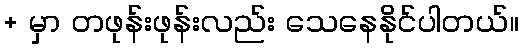
+ မှာ တဖုန်းဖုန်းလည်း သေနေနိုင်ပါတယ်။